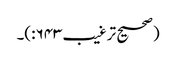
(صحیح ترغیب۶۴۳:)۔